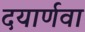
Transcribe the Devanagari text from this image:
दयार्णवा